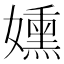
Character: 𫲊